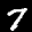
Label: 7